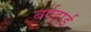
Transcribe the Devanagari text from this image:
बर्दहार्ड